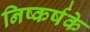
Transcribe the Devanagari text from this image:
निष्कर्षके